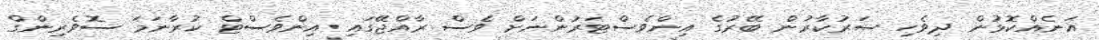
އަނެއްކޮޅުން ދިވެހި ސަރުކާރުން ބޭރުގެ އިންވެސްޓަރުންނަށް ވެސް ރާއްޖޭގައި އިންވެސްޓް ކުރާނަމަ ސޮވެރިންގް